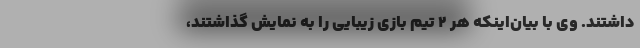
داشتند. وی با بیان‌اینکه هر ۲ تیم بازی زیبایی را به نمایش گذاشتند،